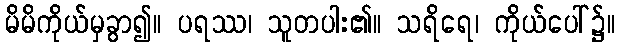
မိမိကိုယ်မှခွာ၍။ ပရဿ၊ သူတပါး၏။ သရိရေ၊ ကိုယ်ပေါ်၌။